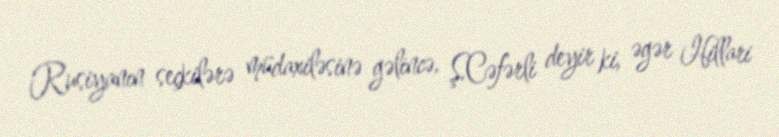
Rusiyanın seçkilərə müdaxiləsinə gəlincə, Ş.Cəfərli deyir ki, əgər Hillari